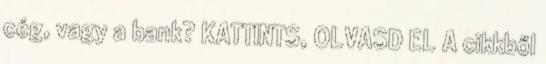
cég, vagy a bank? KATTINTS, OLVASD EL A cikkből